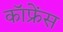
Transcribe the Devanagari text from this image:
कॉफ्रेंस